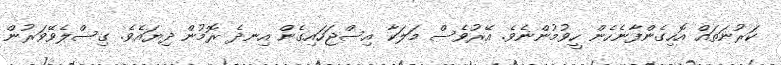
ކަރުނަތައް އޮހިގެންފާނެހެން ހީވުމުންނެވެ. އޭރުވެސް މަލަކާ އިސްޖަހައިގެން އިނދެ ރޮމުން ދިޔައެވެ. ގިސްލެވޭވަރުން